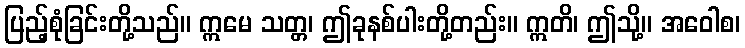
ပြည့်စုံခြင်းတို့သည်။ ဣမေ သတ္တ၊ ဤခုနစ်ပါးတို့တည်း။ ဣတိ၊ ဤသို့။ အဝေါစ၊